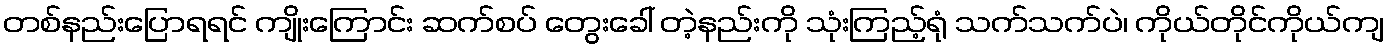
တစ်နည်းပြောရရင် ကျိုးကြောင်း ဆက်စပ် တွေးခေါ် တဲ့နည်းကို သုံးကြည့်ရုံ သက်သက်ပဲ၊ ကိုယ်တိုင်ကိုယ်ကျ